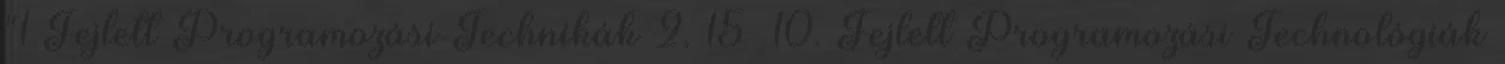
"1 Fejlett Programozási Technikák 2. 15 10. Fejlett Programozási Technológiák